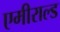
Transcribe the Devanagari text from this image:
एमीराल्ड